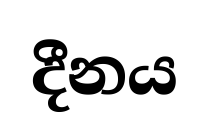
දීනය